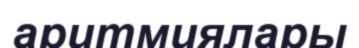
аритмиялары